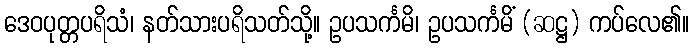
ဒေဝပုတ္တပရိသံ၊ နတ်သားပရိသတ်သို့။ ဥပသင်္ကမိ၊ ဥပသင်္ကမိံ (ဆဋ္ဌ) ကပ်လေ၏။